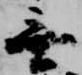
無